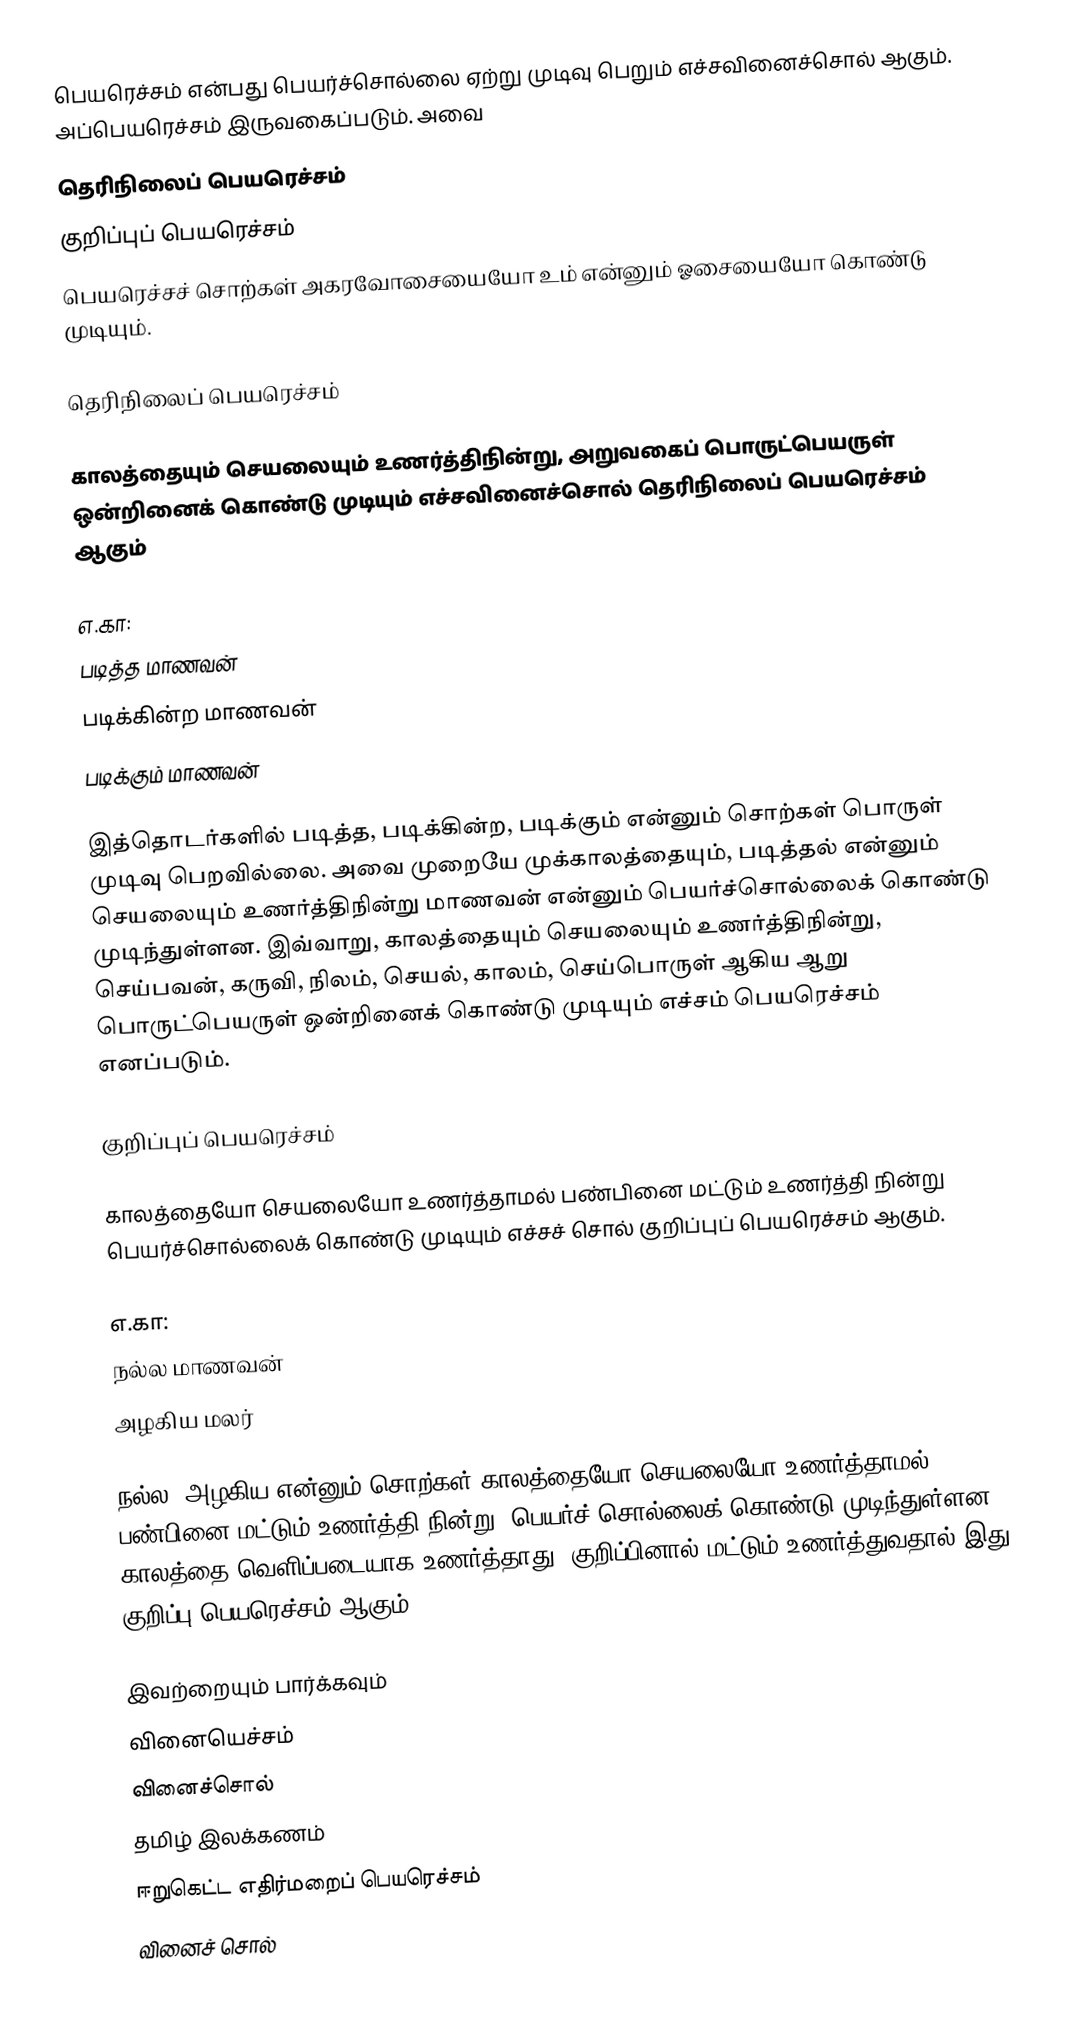
பெயரெச்சம் என்பது பெயர்ச்சொல்லை ஏற்று முடிவு பெறும் எச்சவினைச்சொல் ஆகும். அப்பெயரெச்சம் இருவகைப்படும். அவை
 தெரிநிலைப் பெயரெச்சம்
 குறிப்புப் பெயரெச்சம்
பெயரெச்சச் சொற்கள் அகரவோசையையோ உம் என்னும் ஓசையையோ கொண்டு முடியும்.

தெரிநிலைப் பெயரெச்சம்

காலத்தையும் செயலையும் உணர்த்திநின்று, அறுவகைப் பொருட்பெயருள் ஒன்றினைக் கொண்டு முடியும் எச்சவினைச்சொல் தெரிநிலைப் பெயரெச்சம் ஆகும்

எ.கா:
 படித்த மாணவன்
 படிக்கின்ற மாணவன்
 படிக்கும் மாணவன்

இத்தொடர்களில் படித்த, படிக்கின்ற, படிக்கும் என்னும் சொற்கள் பொருள் முடிவு பெறவில்லை. அவை முறையே முக்காலத்தையும், படித்தல் என்னும் செயலையும் உணர்த்திநின்று மாணவன் என்னும் பெயர்ச்சொல்லைக் கொண்டு முடிந்துள்ளன. இவ்வாறு, காலத்தையும் செயலையும் உணர்த்திநின்று, செய்பவன், கருவி, நிலம், செயல், காலம், செய்பொருள் ஆகிய ஆறு பொருட்பெயருள் ஒன்றினைக் கொண்டு முடியும் எச்சம் பெயரெச்சம் எனப்படும்.

குறிப்புப் பெயரெச்சம்

காலத்தையோ செயலையோ உணர்த்தாமல் பண்பினை மட்டும் உணர்த்தி நின்று பெயர்ச்சொல்லைக் கொண்டு முடியும் எச்சச் சொல் குறிப்புப் பெயரெச்சம் ஆகும்.

எ.கா:
 நல்ல மாணவன்
 அழகிய மலர்

நல்ல, அழகிய என்னும் சொற்கள் காலத்தையோ செயலையோ உணர்த்தாமல் பண்பினை மட்டும் உணர்த்தி நின்று, பெயர்ச் சொல்லைக் கொண்டு முடிந்துள்ளன. காலத்தை வெளிப்படையாக உணர்த்தாது, குறிப்பினால் மட்டும் உணர்த்துவதால் இது குறிப்பு பெயரெச்சம் ஆகும்.

இவற்றையும் பார்க்கவும்
 வினையெச்சம்
 வினைச்சொல்
 தமிழ் இலக்கணம்
 ஈறுகெட்ட எதிர்மறைப் பெயரெச்சம்
வினைச் சொல்